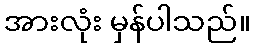
အားလုံး မှန်ပါသည်။